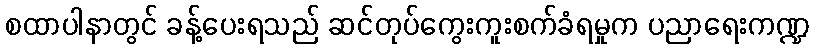
စထာပါနာတွင် ခန့်ပေးရသည် ဆင်တုပ်ကွေးကူးစက်ခံရမှုက ပညာရေးကဏ္ဍ